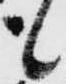
も